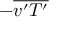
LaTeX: - { \overline { { v ^ { \prime } T ^ { \prime } } } }